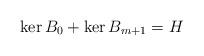
LaTeX: \begin{align*}\ker B_0 + \ker B_{m+1} = H\end{align*}